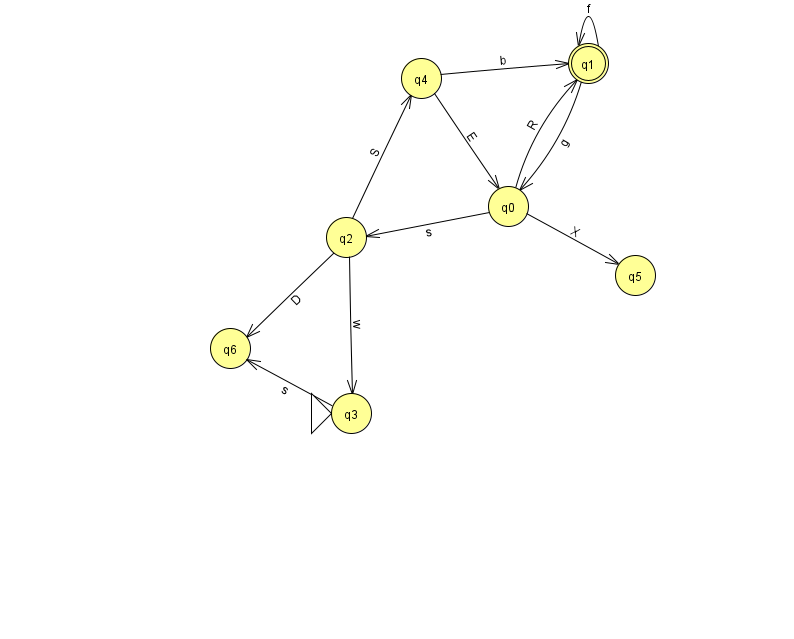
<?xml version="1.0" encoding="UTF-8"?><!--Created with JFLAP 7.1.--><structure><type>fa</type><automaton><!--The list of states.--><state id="0" name="q0"><x>508.0</x><y>193.0</y></state><state id="1" name="q1"><x>588.0</x><y>50.0</y><final/></state><state id="2" name="q2"><x>346.0</x><y>224.0</y></state><state id="3" name="q3"><x>351.0</x><y>400.0</y><initial/></state><state id="4" name="q4"><x>421.0</x><y>65.0</y></state><state id="5" name="q5"><x>635.0</x><y>262.0</y></state><state id="6" name="q6"><x>230.0</x><y>335.0</y></state><!--The list of transitions.--><transition><from>0</from><to>1</to><read>R</read></transition><transition><from>0</from><to>2</to><read>s</read></transition><transition><from>0</from><to>5</to><read>X</read></transition><transition><from>1</from><to>1</to><read>f</read></transition><transition><from>1</from><to>0</to><read>g</read></transition><transition><from>3</from><to>6</to><read>s</read></transition><transition><from>2</from><to>3</to><read>w</read></transition><transition><from>2</from><to>4</to><read>S</read></transition><transition><from>4</from><to>0</to><read>E</read></transition><transition><from>4</from><to>1</to><read>b</read></transition><transition><from>2</from><to>6</to><read>D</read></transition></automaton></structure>